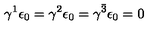
\gamma ^ { 1 } \epsilon _ { 0 } = \gamma ^ { 2 } \epsilon _ { 0 } = \gamma ^ { \bar { 3 } } \epsilon _ { 0 } = 0